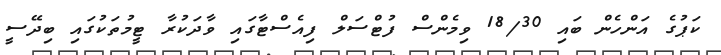
ކަޕުގެ އަންހެން ބައި 18/30 ވިމެންސް ފުޓްސަލް ފިއެސްޓާގައި ވާދަކުރާ ޓީމުތަކުގައި ބިދޭސީ